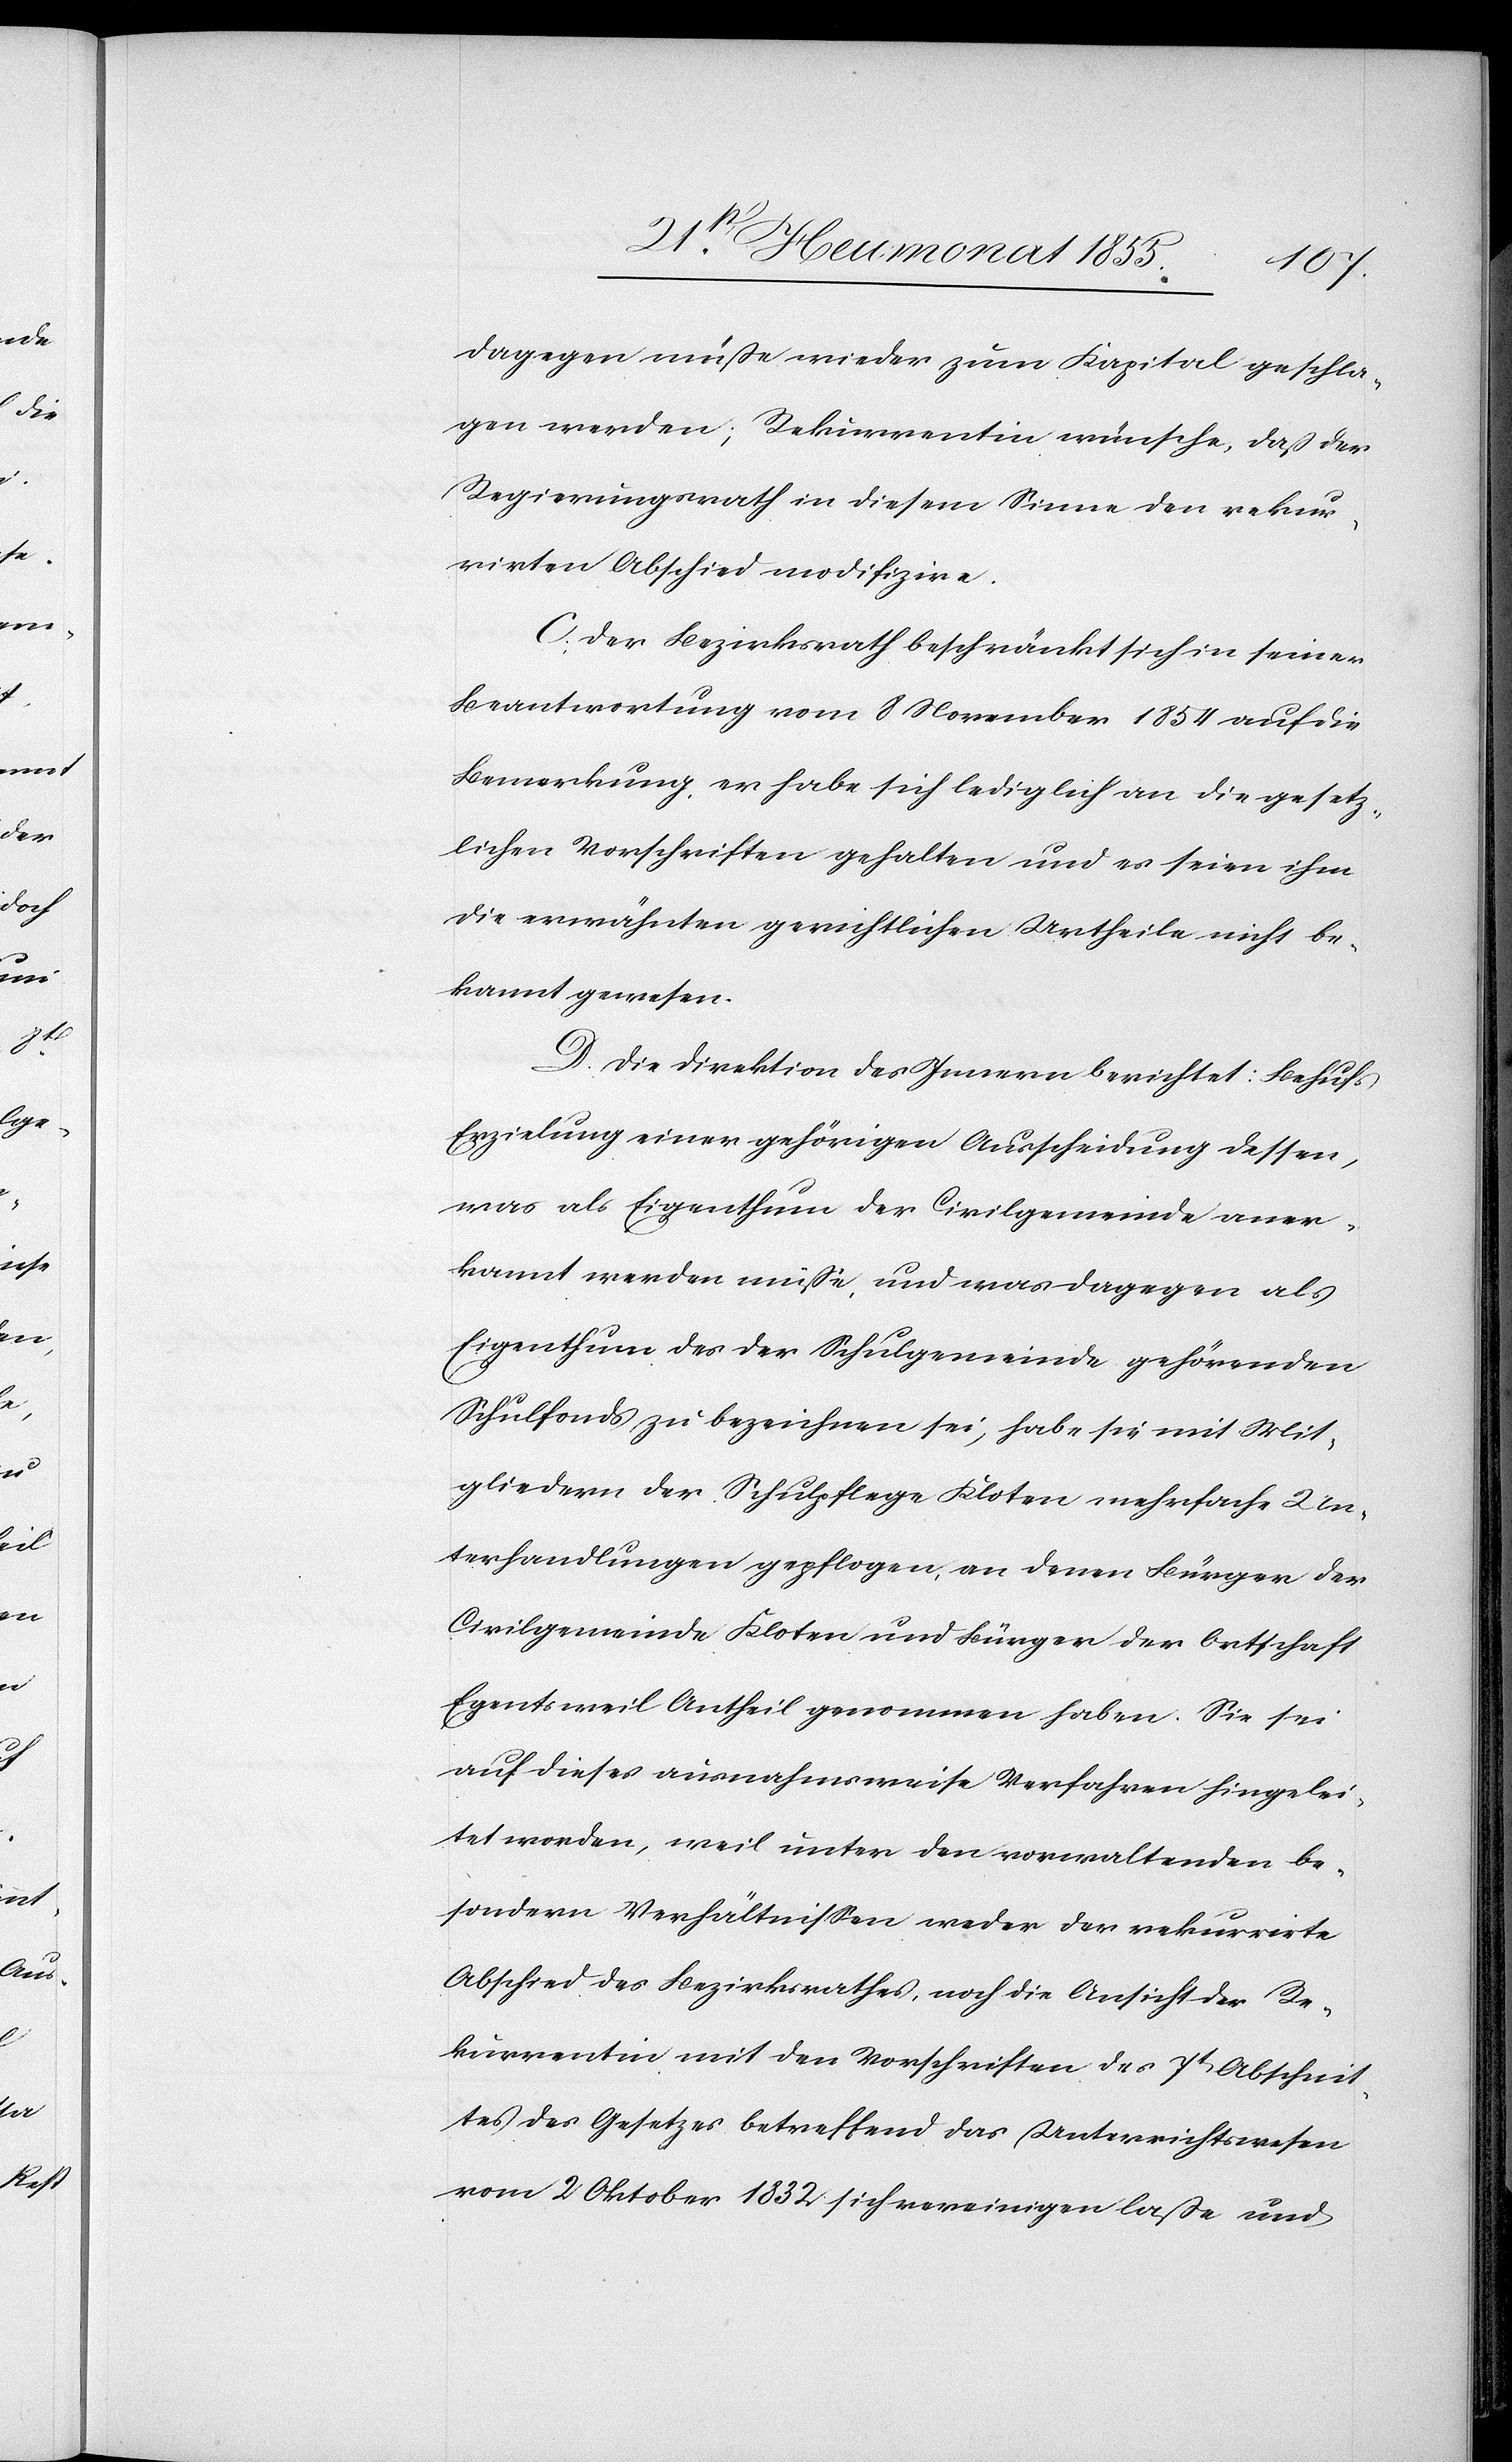
dagegen müße wieder zum Kapital geschla¬
gen werden; Rekurrentin wünsche, daß der
Regierungsrath in diesem Sinne den rekur¬
rirten Abschied modifizire.
C. Der Bezirksrath beschränkt sich in seiner
Beantwortung vom 8 November 1854 auf die
Bemerkung, er habe sich lediglich an die gesetz¬
lichen Vorschriften gehalten und es seien ihm
die erwähnten gerichtlichen Urtheile nicht be¬
kannt gewesen.
D. Die Direktion des Innern berichtet: Behufs
Erzielung einer gehörigen Ausscheidung dessen,
was als Eigenthum der Civilgemeinde aner¬
kannt werden müsse, und was dagegen als
Eigenthum des der Schulgemeinde gehörenden
Schulfonds zu bezeichnen sei, habe sie mit Mit¬
gliedern der Schulpflege Kloten mehrfache Un¬
terhandlungen gepflogen, an denen Bürger der
Civilgemeinde Kloten und Bürger der Ortschaft
Egentsweil Antheil genommen haben. Sie sei
auf dieses ausnahmsweise Verfahren hingelei¬
tet worden, weil unter den vorwaltenden be¬
sondern Verhältnissen weder der rekurrirte
Abschied des Bezirksrathes, noch die Ansicht der Re¬
kurrentin mit den Vorschriften des 7t[en] Abschnit¬
tes des Gesetzes betreffend das Unterrichtswesen
vom 2 Oktober 1832 sich vereinigen laße und